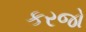
કરજો